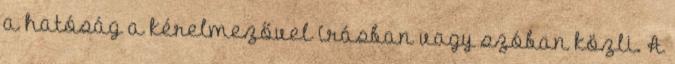
a hatóság a kérelmezővel írásban vagy szóban közli. A